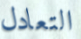
التعادل